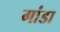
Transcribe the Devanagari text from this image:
गांडा